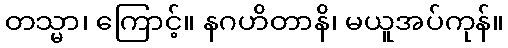
တသ္မာ၊ ကြောင့်။ နဂဟိတာနိ၊ မယူအပ်ကုန်။